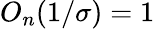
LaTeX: O_{n}(1/\sigma)=1